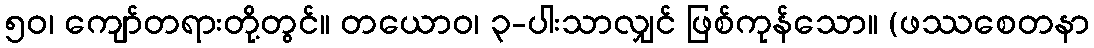
၅၀၊ ကျော်တရားတို့တွင်။ တယောဝ၊ ၃-ပါးသာလျှင် ဖြစ်ကုန်သော။ (ဖဿစေတနာ